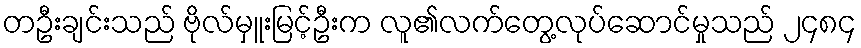
တဦးချင်းသည် ဗိုလ်မှူးမြင့်ဦးက လူ၏လက်တွေ့လုပ်ဆောင်မှုသည် ၂၄၈၄